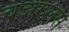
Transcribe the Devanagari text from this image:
चअरुलस